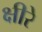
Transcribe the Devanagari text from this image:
क्षीरे